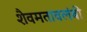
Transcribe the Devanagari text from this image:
शैवमतावलंबी